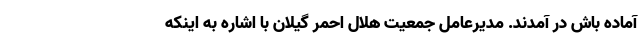
آماده باش در آمدند. مدیرعامل جمعیت هلال احمر گیلان با اشاره به اینکه